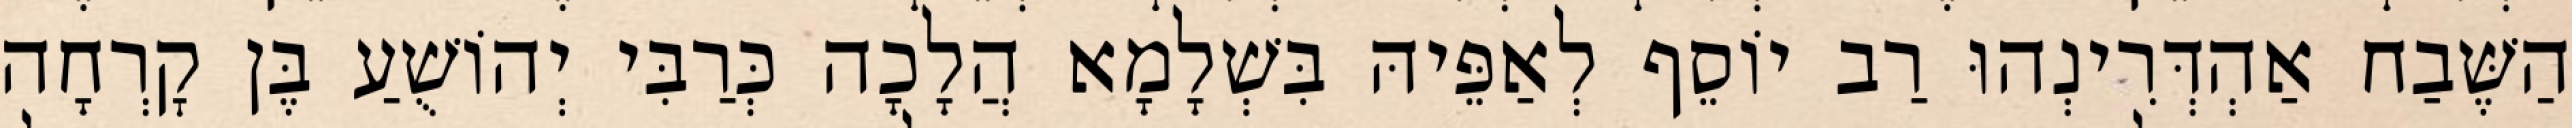
הַשֶּׁבַח אַהְדְּרִינְהוּ רַב יוֹסֵף לְאַפֵּיהּ בִּשְׁלָמָא הֲלָכָה כְּרַבִּי יְהוֹשֻׁעַ בֶּן קׇרְחָה